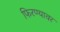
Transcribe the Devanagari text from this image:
फिरण्यावर